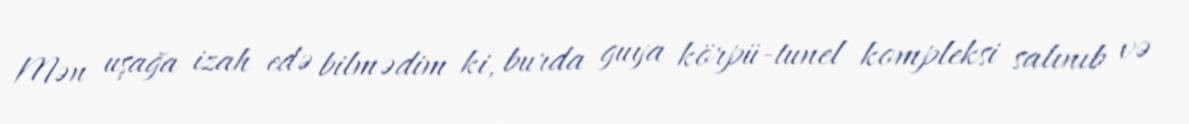
Mən uşağa izah edə bilmədim ki, burda guya körpü-tunel kompleksi salınıb və